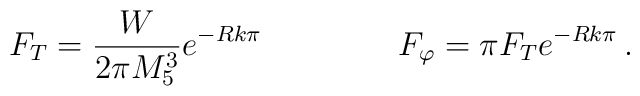
F_T=\frac{W}{2\pi M^3_5}e^{-Rk\pi}\,\qquad\qquad  F_\varphi=\pi F_Te^{-Rk\pi}\, .